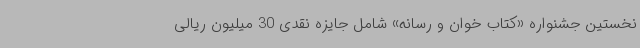
نخستین جشنواره «کتاب خوان و رسانه» شامل جایزه نقدی 30 میلیون ریالی